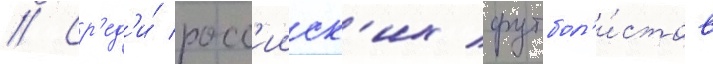
// Ср'ед'и́ росс'ииск'их футбол'и́стов